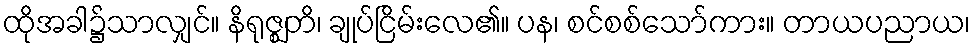
ထိုအခါ၌သာလျှင်။ နိရုဇ္ဈတိ၊ ချုပ်ငြိမ်းလေ၏။ ပန၊ စင်စစ်သော်ကား။ တာယပညာယ၊